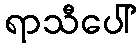
ရာသီပေါ်